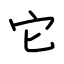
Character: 它